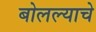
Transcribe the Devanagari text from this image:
बोलल्याचे